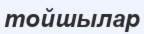
тойшылар